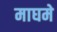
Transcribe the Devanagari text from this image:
माघमे